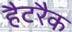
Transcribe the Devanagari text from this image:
हैटरैक